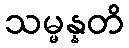
သမ္မန္နတိ